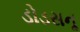
ડોડસનૢ